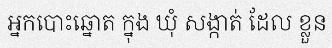
អ្នកបោះឆ្នោត ក្នុង ឃុំ សង្កាត់ ដែល ខ្លួន